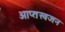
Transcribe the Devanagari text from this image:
आप्तस्वजन